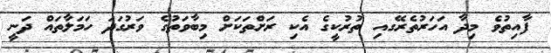
ފާއިތުވެ މިދާ އަހަރުތެރޭގއި ތުރުކީގެ އެކި ރަށްތަކަށް މިބާވަތުގެ ވަރުގަދަ ހަމަލާތައް ދަނީ